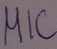
Text: MIC